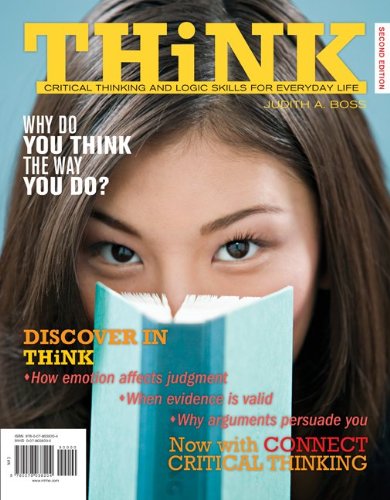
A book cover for THiNK; Judith Boss; Politics & Social Sciences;